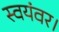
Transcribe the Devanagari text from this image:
स्वयंवर।